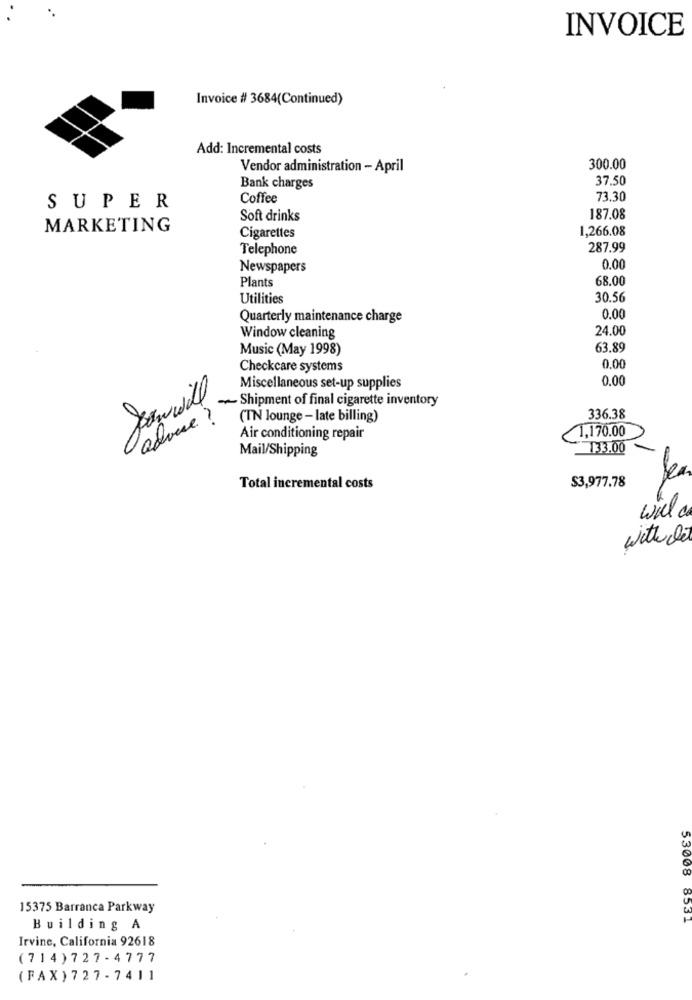
INVOICE
Invoice # 3684(Continued)
Add: Incremental costs
Vendor administration - April
300.00
37.50
Bank charges
Coffee
73.30
SUPER
Soft drinks
187.08
MARKETING
1,266.08
Cigarettes
Telephone
287.99
Newspapers
0.00
Plants
68.00
Utilities
30.56
Quarterly maintenance charge
0.00
24.00
Window cleaning
Music (May 1998)
63.89
Checkcare systems
0.00
0.00
Miscellaneous set-up supplies
- Shipment of final cigarette inventory
advise ?
(TN lounge - late billing)
336.38
0
Air conditioning repair
1,170.00
Mail/Shipping
733.00
Jean
Total incremental costs
$3,977.78
will c
witte Di
53008
15375 Barranca Parkway
Building A
853-
Irvine, California 92618
(714) 727-4777
(FAX) 727-7411